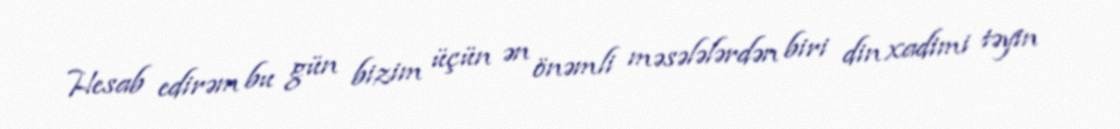
Hesab edirəm bu gün bizim üçün ən önəmli məsələlərdən biri din xadimi təyin